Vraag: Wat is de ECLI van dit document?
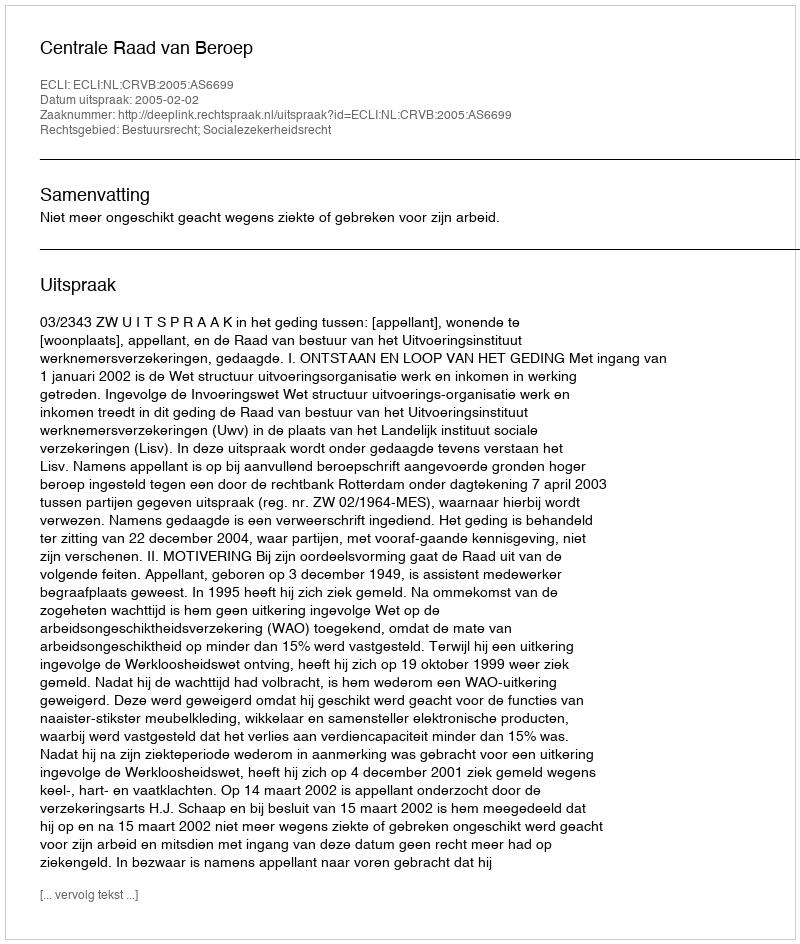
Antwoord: ECLI:NL:CRVB:2005:AS6699